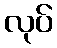
လုပ်